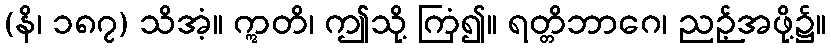
(နိ၊ ၁၈၇) သိအံ့။ ဣတိ၊ ဤသို့ ကြံ၍။ ရတ္တိဘာဂေ၊ ညဉ့်အဖို့၌။